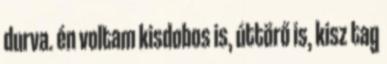
durva. én voltam kisdobos is, úttörő is, kisz tag